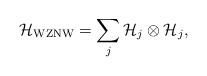
LaTeX: \begin{align*}{\cal H}_{\rm WZNW} = \sum_j {\cal H}_j \otimes {\cal H}_j,\end{align*}